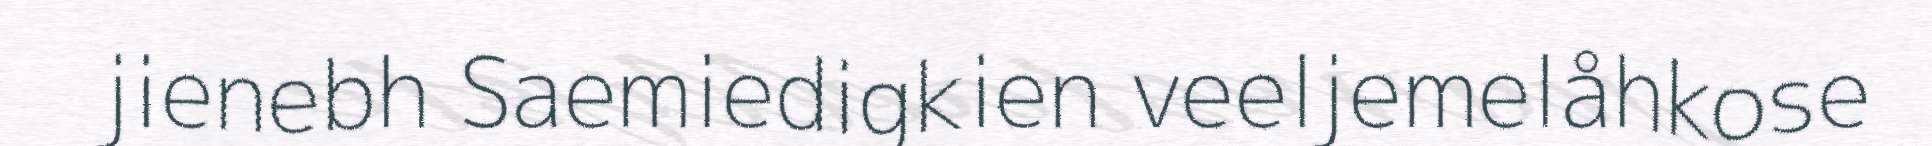
jienebh Saemiedigkien veeljemelåhkose